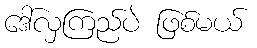
ဒေါ်လှကြည်ပဲ ဖြစ်မယ်